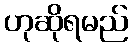
ဟုဆိုရမည်